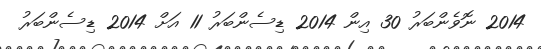
2014 ނޮވެންބަރު 30 އިން 2014 ޑިސެންބަރު 11 އަށް 2014 ޑިސެންބަރު